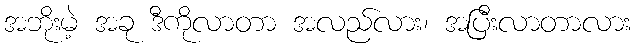
အဘိုးမဲ့ အခု ဒီကိုလာတာ အလည်လား၊ အပြီးလာတာလား